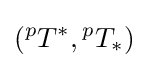
({}^{p}T^{*},{}^{p}T_{*})